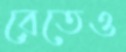
রেতেও